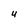
Character: U